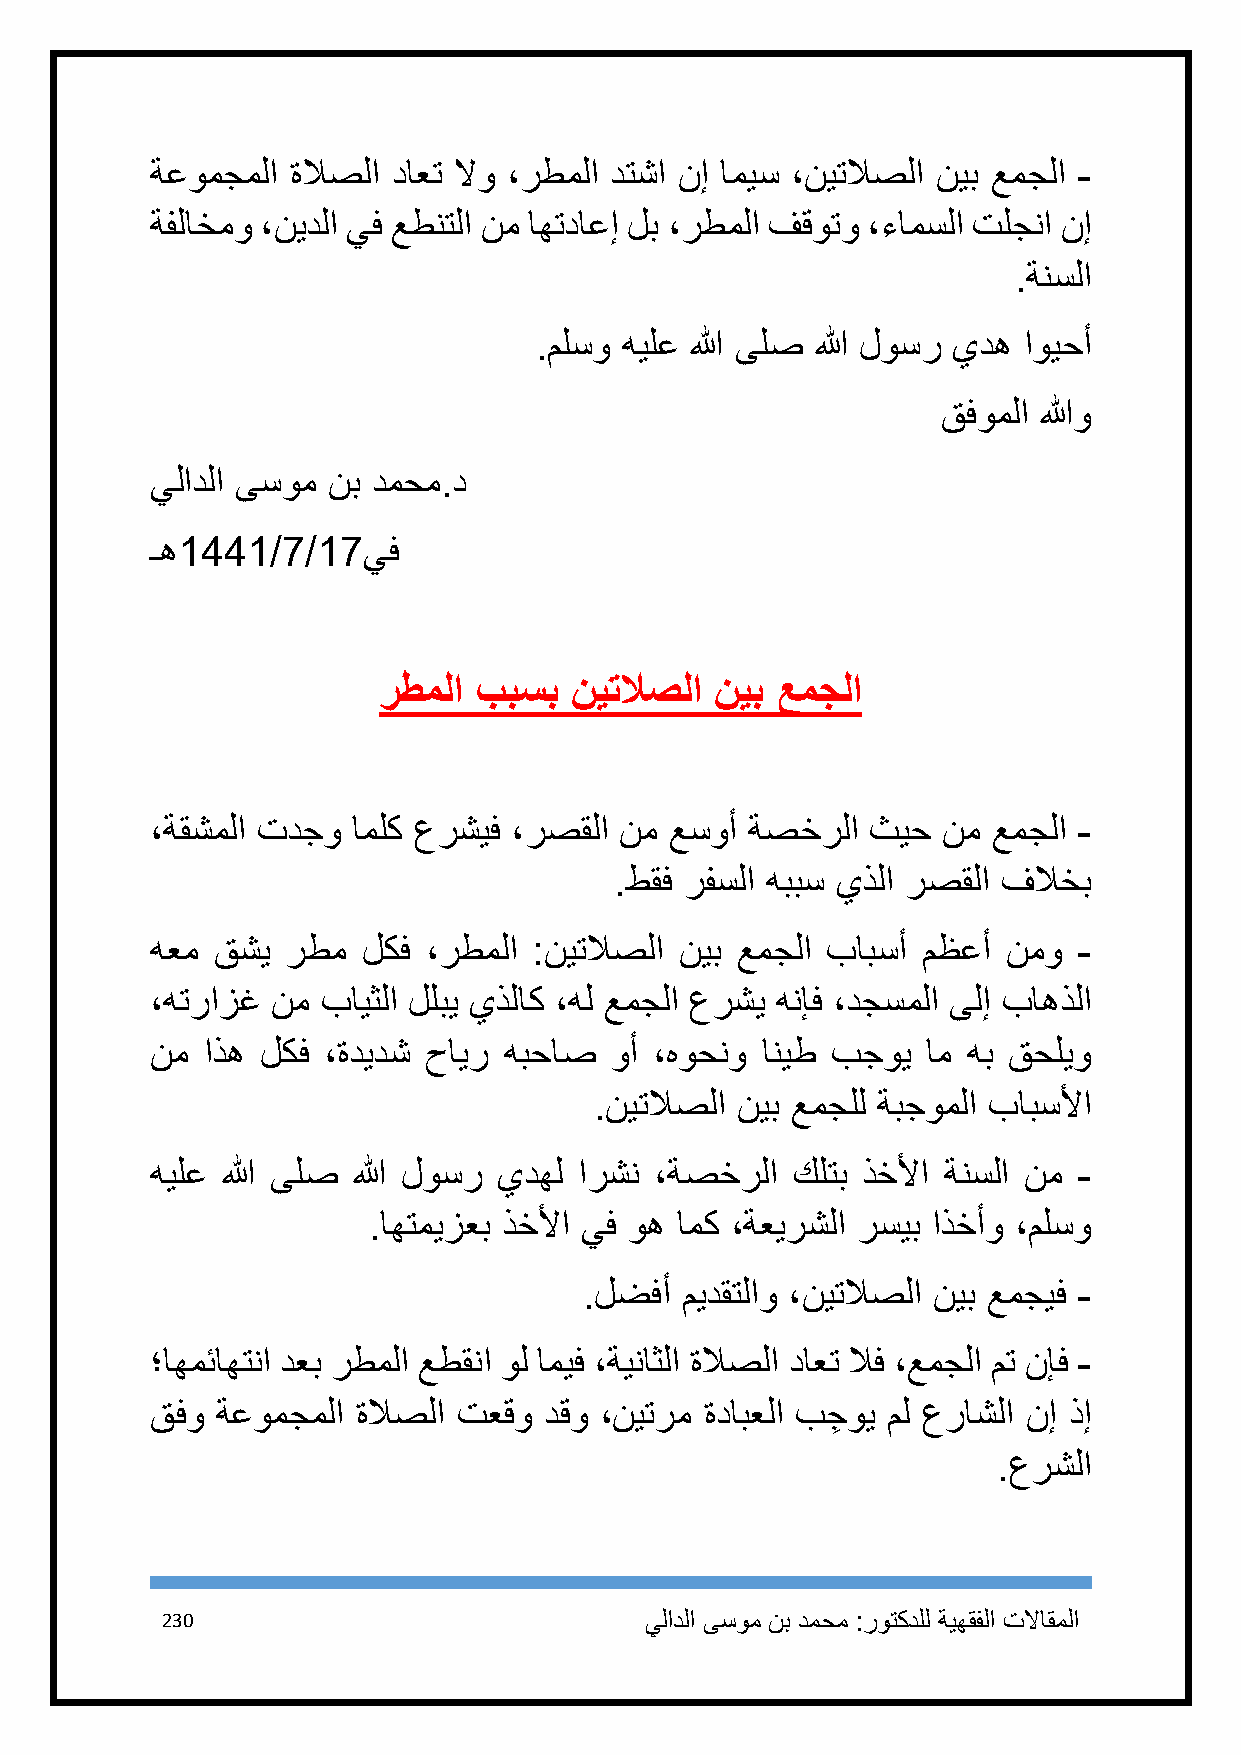
ةعومجملا ةلاصلا داعت لاو ،رطملا دتشا نإ اميس ،نيتلاصلا نيب عمجلا -
 ةفلاخمو ،نيدلا يف عطنتلا نم اهتداعإ لب ،رطملا فقوتو ،ءامسلا تلجنا نإ
 .ةنسلا
 .ملسو هيلع الله ىلص الله لوسر يده اويحأ
 قفوملا اللهو
 يلادلا ىسوم نب دمحم.د
 ـه1991/2/12يف
 رطملا ببسب   نيتلاصلا نيب عمجلا
 ،ةقشملا تدجو املك عرشيف ،رصقلا نم عسوأ ةصخرلا   ثيح نم  عمجلا -
 .طقف رفسلا هببس يذلا رصقلا فلاخب
 هعم قشي  رطم  لكف ،رطملا :نيتلاصلا نيب عمجلا بابسأ مظعأ  نمو -
 ،هترازغ نم بايثلا للبي يذلاك ،هل عمجلا عرشي هنإف ،دجسملا ىلإ باهذلا
 نم اذه لكف ،ةديدش حاير هبحاص  وأ ،هوحنو انيط بجوي  ام هب قحليو
 .نيتلاصلا نيب عمجلل ةبجوملا بابسلأا
 هيلع الله ىلص الله لوسر يدهل ارشن ،ةصخرلا كلتب ذخلأا ةنسلا نم -
 .اهتميزعب ذخلأا يف وه امك ،ةعيرشلا رسيب اذخأو ،ملسو
 .لضفأ ميدقتلاو ،نيتلاصلا نيب عمجيف -
 ؛اهمئاهتنا دعب رطملا عطقنا ول اميف ،ةيناثلا ةلاصلا داعت لاف ،عمجلا مت نإف -
 قفو ةعومجملا  ةلاصلا تعقو دقو ،نيترم ةدابعلا بجِ وي مل عراشلا نإ ذإ
 .عرشلا
 231                             يلادلا ىسوم نب دمحم :روتكدلل ةيهقفلا تلااقملا